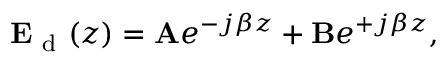
\begin{array} { r } { \mathbf { E } _ { \mathrm { ~ d ~ } } ( z ) = \mathbf { A } e ^ { - j \beta z } + \mathbf { B } e ^ { + j \beta z } , } \end{array}